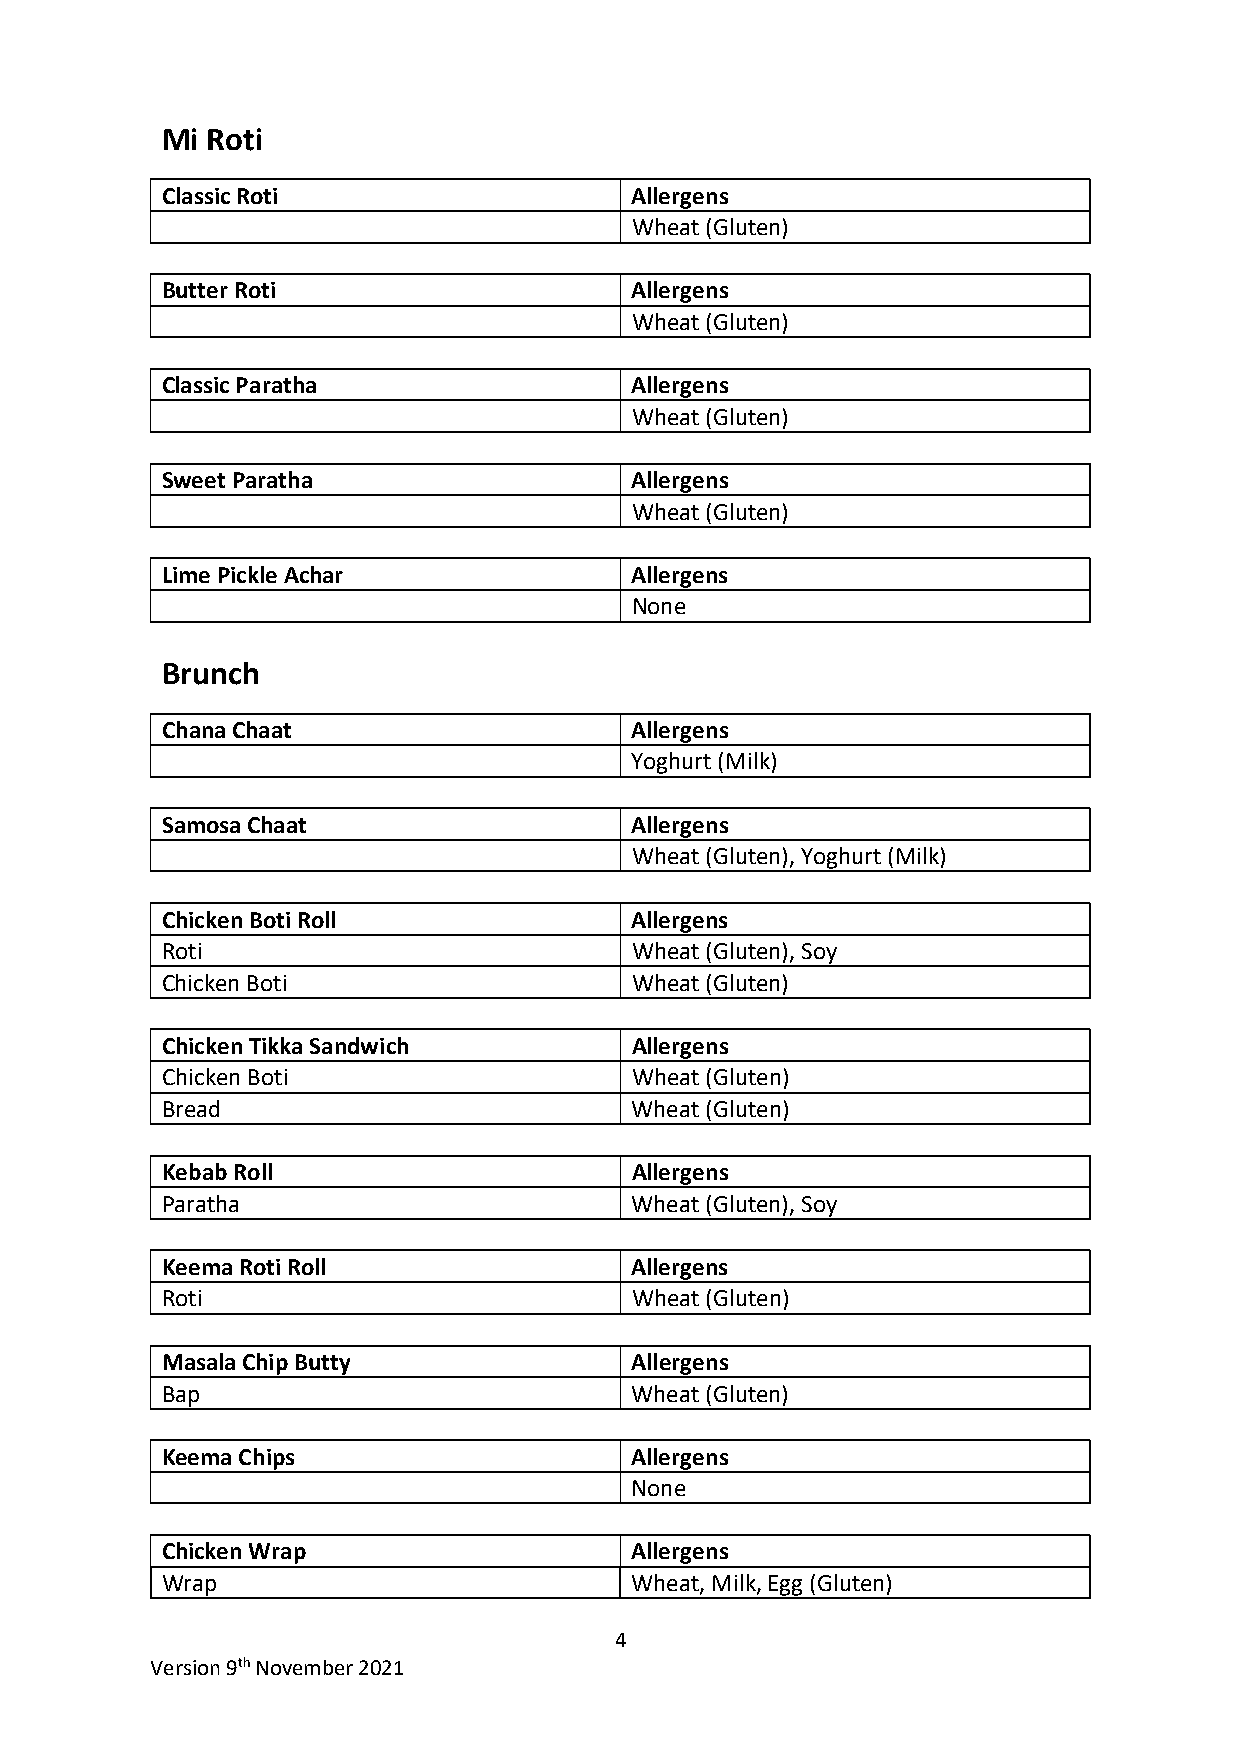
Mi Roti
 Classic Roti                   Allergens
 Wheat (Gluten)
 Butter Roti                    Allergens
 Wheat (Gluten)
 Classic Paratha                Allergens
 Wheat (Gluten)
 Sweet Paratha                  Allergens
 Wheat (Gluten)
 Lime Pickle Achar              Allergens
 None
 Brunch
 Chana Chaat                    Allergens
 Yoghurt (Milk)
 Samosa Chaat                   Allergens
 Wheat (Gluten), Yoghurt (Milk)
 Chicken Boti Roll              Allergens
 Roti                           Wheat (Gluten), Soy
 Chicken Boti                   Wheat (Gluten)
 Chicken Tikka Sandwich         Allergens
 Chicken Boti                   Wheat (Gluten)
 Bread                          Wheat (Gluten)
 Kebab Roll                     Allergens
 Paratha                        Wheat (Gluten), Soy
 Keema Roti Roll                Allergens
 Roti                           Wheat (Gluten)
 Masala Chip Butty              Allergens
 Bap                            Wheat (Gluten)
 Keema Chips                    Allergens
 None
 Chicken Wrap                   Allergens
 Wrap                           Wheat, Milk, Egg (Gluten)
 4
 Version 9th November 2021